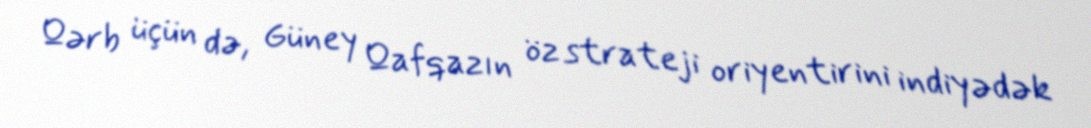
Qərb üçün də, Güney Qafqazın öz strateji oriyentirini indiyədək